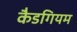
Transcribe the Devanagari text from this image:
कैडगियम